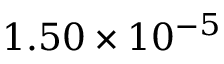
1 . 5 0 \times 1 0 ^ { - 5 }